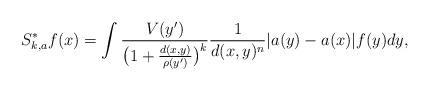
LaTeX: \begin{align*}S^{\ast}_{k,a}f(x) &= \int {{V(y')}\over{\big( 1+ {{d(x,y)}\over{\rho(y')}}\big)^{k}}} {1\over{d(x,y)^{n}}} |a(y)-a(x)| f(y)dy,\end{align*}